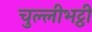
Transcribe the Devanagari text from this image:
चुल्लीभट्ठी